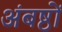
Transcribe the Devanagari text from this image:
अंबष्ठों